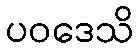
ပဝဒေသိ